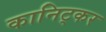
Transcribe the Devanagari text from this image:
कानिट्कर